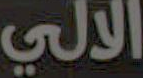
الالي